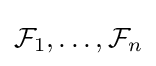
{\mathcal {F}}_{1},\ldots ,{\mathcal {F}}_{n}